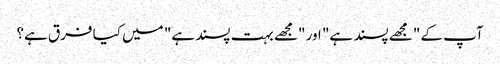
آپ کے "مجھے پسند ہے" اور "مجھے بہت پسند ہے" میں کیا فرق ہے؟